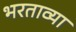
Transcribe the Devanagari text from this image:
भरताव्या